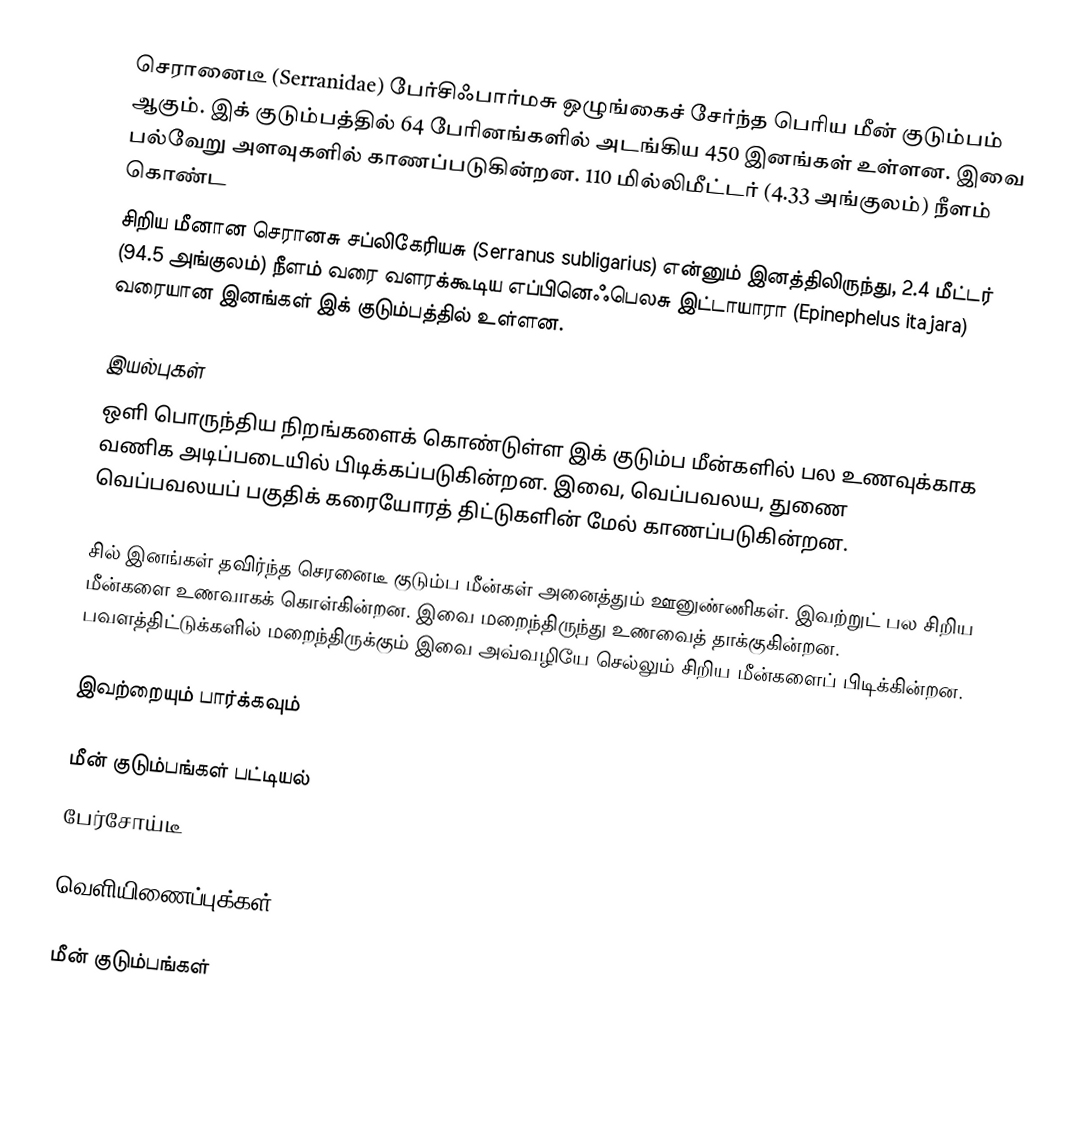
செரானைடீ (Serranidae) பேர்சிஃபார்மசு ஒழுங்கைச் சேர்ந்த பெரிய மீன் குடும்பம் ஆகும். இக் குடும்பத்தில் 64 பேரினங்களில் அடங்கிய 450 இனங்கள் உள்ளன. இவை பல்வேறு அளவுகளில் காணப்படுகின்றன. 110 மில்லிமீட்டர் (4.33 அங்குலம்) நீளம் கொண்ட
சிறிய மீனான செரானசு சப்லிகேரியசு (Serranus subligarius) என்னும் இனத்திலிருந்து, 2.4 மீட்டர் (94.5 அங்குலம்) நீளம் வரை வளரக்கூடிய எப்பினெஃபெலசு இட்டாயாரா (Epinephelus itajara) வரையான இனங்கள் இக் குடும்பத்தில் உள்ளன.

இயல்புகள்
ஒளி பொருந்திய நிறங்களைக் கொண்டுள்ள இக் குடும்ப மீன்களில் பல உணவுக்காக வணிக அடிப்படையில் பிடிக்கப்படுகின்றன. இவை, வெப்பவலய, துணை வெப்பவலயப் பகுதிக் கரையோரத் திட்டுகளின் மேல் காணப்படுகின்றன.

சில் இனங்கள் தவிர்ந்த செரனைடீ குடும்ப மீன்கள் அனைத்தும் ஊனுண்ணிகள். இவற்றுட் பல சிறிய மீன்களை உணவாகக் கொள்கின்றன. இவை மறைந்திருந்து உணவைத் தாக்குகின்றன. பவளத்திட்டுக்களில் மறைந்திருக்கும் இவை அவ்வழியே செல்லும் சிறிய மீன்களைப் பிடிக்கின்றன.

இவற்றையும் பார்க்கவும்

 மீன் குடும்பங்கள் பட்டியல்
 பேர்சோய்டீ

வெளியிணைப்புக்கள்

மீன் குடும்பங்கள்